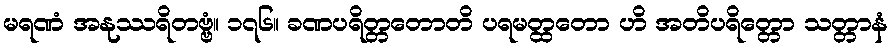
မရဏံ အနုဿရိတဗ္ဗံ။ ၁၇၆။ ခဏပရိတ္တတောတိ ပရမတ္ထတော ဟိ အတိပရိတ္တော သတ္တာနံ